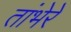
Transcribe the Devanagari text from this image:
तांभेरे